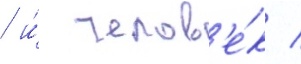
/ и́ челов'е́к /